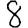
Digit: 8